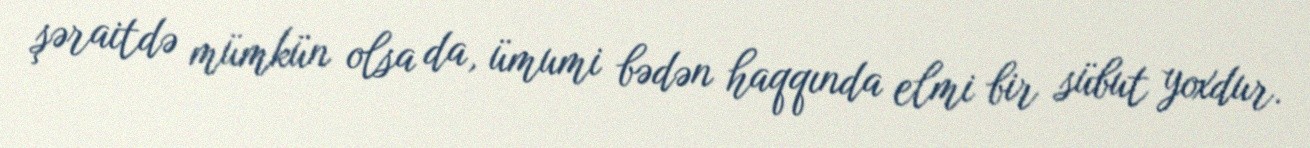
şəraitdə mümkün olsa da, ümumi bədən haqqında elmi bir sübut yoxdur.